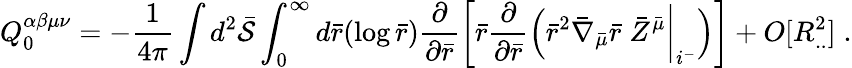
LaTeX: Q_{0}^{\alpha\beta\mu\nu}=-\frac{1}{4\pi}\int d^{2}{\bar{\cal S}}\int_{0}^{\infty}d{\bar{r}}(\log{\bar{r}})\frac{\partial}{\partial{\bar{r}}}\left[{\bar{r}}\frac{\partial}{\partial{\bar{r}}}\Bigl({\bar{r}}^{2}{\bar{\nabla}}_{\bar{\mu}}{\bar{r}}\; {\bar{Z}}^{\bar{\mu}}\biggl|_{i^{-}}\Bigr)\right]+O[R_{..}^{2}]\; .